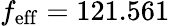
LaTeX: f_{\mathrm{eff}}=121.561